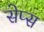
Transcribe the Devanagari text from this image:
सेप्स